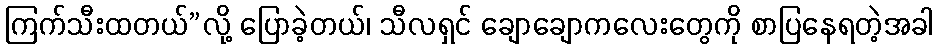
ကြက်သီးထတယ်”လို့ ပြောခဲ့တယ်၊ သီလရှင် ချောချောကလေးတွေကို စာပြနေရတဲ့အခါ